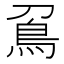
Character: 𠟀